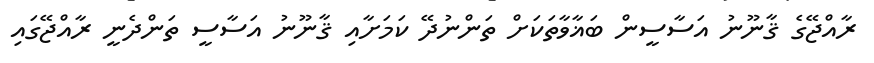
ރާއްޖޭގެ ޤާނޫނު އަސާސީން ބަޣާވާތަކަށް ތަންނުދޭ ކަމަށާއި ޤާނޫނު އަސާސީ ތަންދެނީ ރާއްޖޭގައި